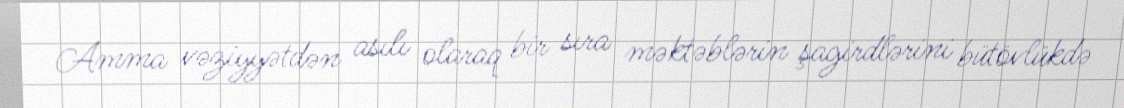
Amma vəziyyətdən asılı olaraq bir sıra məktəblərin şagirdlərini bütövlükdə